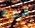
لدينا